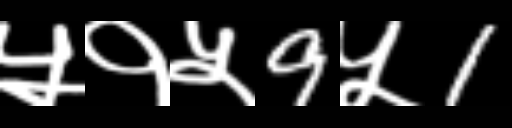
Text: ५१५9५1